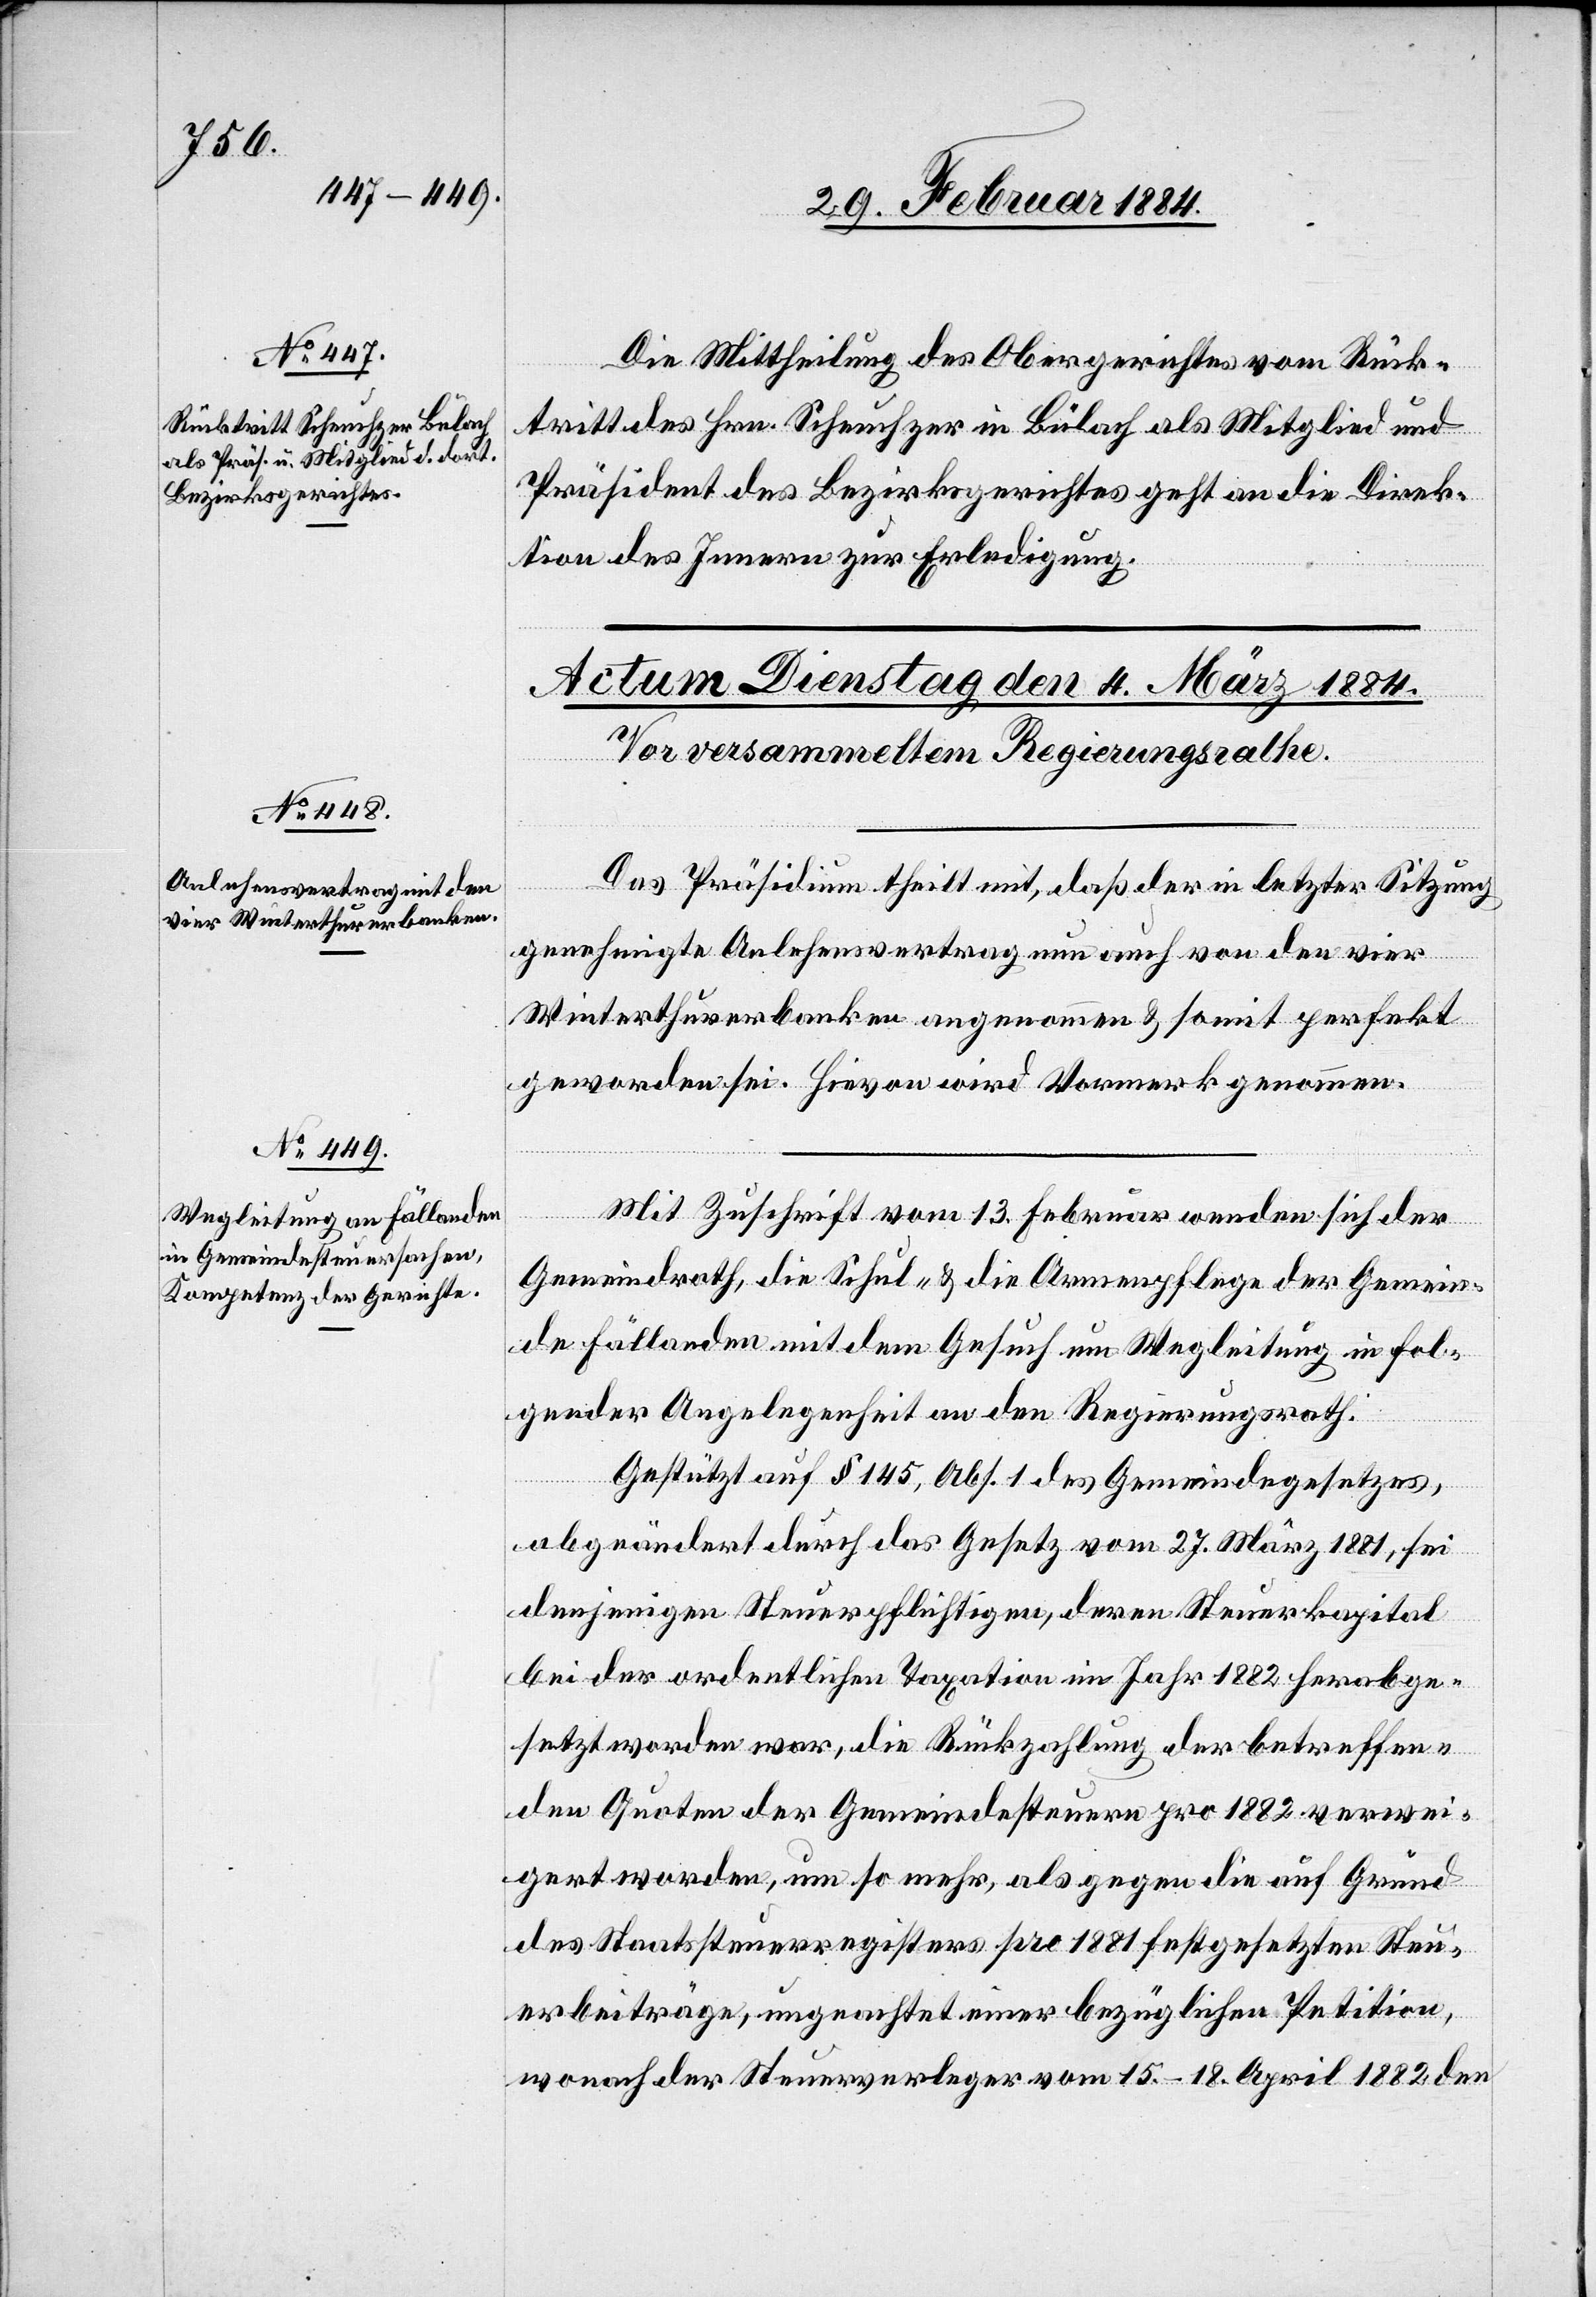
1884.]

Die Mittheilung des Obergerichtes vom Rück¬
tritt des Hrn. Scheuchzer in Bülach als Mitglied und
Präsident des Bezirksgerichtes geht an die Direk¬
tion des Innern zur Erledigung.
Das Präsidium theilt mit, daß der in letzter Sitzung
genehmigte Anlehensvertrag nun auch von den vier
Winterthurerbanken angenommen & somit perfekt
geworden sei. Hievon wird Vormerk genommen.
Mit Zuschrift vom 13. Februar wenden sich der
Gemeindrath, die Schul- & die Armenpflege der Gemein¬
de Fällanden mit dem Gesuch um Wegleitung in fol¬
gender Angelegenheit an den Regierungsrath.
Gestützt auf § 145, Abs. 1 des Gemeindegesetzes,
abgeändert durch das Gesetz vom 17. März 1881, sei
denjenigen Steuerpflichtigen, deren Steuerkapital
bei der ordentlichen Taxation im Jahr 1882 herabge¬
setzt worden war, die Rückzahlung der betreffen¬
den Quoten der Gemeindesteuer pro 1882 verwei¬
gert worden, um so mehr, als gegen die auf Grund
des Staatssteuerregisters pro 1881 festgesetzten Steu¬
erbeiträge, ungeachtet einer bezüglichen Petition,
wonach der Steuerverleger vom 15.–18. April 1882 den